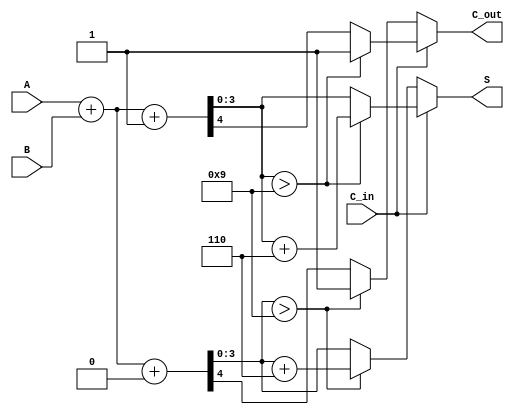
module BCD_Modified_Carry_Select_Adder (
    input  [3:0] A,        // 4-bit BCD input A
    input  [3:0] B,        // 4-bit BCD input B
    input        C_in,      // Carry input
    output reg [3:0] S,     // 4-bit BCD output
    output reg C_out        // Carry output
);

    // Internal wires for the sum and carry signals
    wire [4:0] sum0, sum1;   // 5-bit to accommodate carry
    wire carry0, carry1;      // Carry for both scenarios

    // Compute partial sums with C_in = 0 and C_in = 1
    assign sum0 = A + B + 4'b0000; // When C_in = 0
    assign carry0 = sum0[4];       // Carry out when C_in = 0

    assign sum1 = A + B + 4'b0001; // When C_in = 1
    assign carry1 = sum1[4];       // Carry out when C_in = 1

    // BCD Correction Logic
    always @* begin
        if (C_in == 1'b0) begin
            if (sum0[3:0] > 4'b1001) begin
                S = sum0[3:0] + 4'b0110; // Add 6 for BCD correction
                C_out = 1'b1;            // Set carry out
            end else begin
                S = sum0[3:0];           // No correction needed
                C_out = carry0;          // Carry out for C_in = 0
            end
        end else begin 
            if (sum1[3:0] > 4'b1001) begin
                S = sum1[3:0] + 4'b0110; // Add 6 for BCD correction
                C_out = 1'b1;            // Set carry out
            end else begin
                S = sum1[3:0];           // No correction needed
                C_out = carry1;          // Carry out for C_in = 1
            end
        end
    end

endmodule